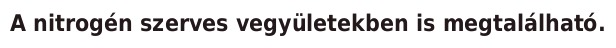
A nitrogén szerves vegyületekben is megtalálható.